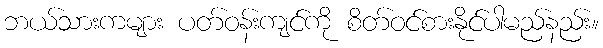
ဘယ်သားကများ ပတ်ဝန်းကျင်ကို စိတ်ဝင်စားနိုင်ပါမည်နည်း။